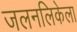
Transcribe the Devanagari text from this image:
जलनलिकेला